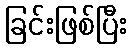
ခြင်းဖြစ်ပြီး